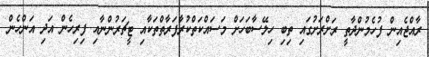
ރާއްޖެއިން ފުހެމުންދާތީ ރަށްރަށުގައި ތިބި ހިލޭސާބަހަށް މަސައްކަތްކުރާފަރާތްތަކާއި ޓީޗަރުންނާއި ފިރިހެން އަދި އަންހެން